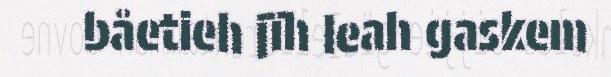
båetieh jïh leah gaskem